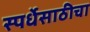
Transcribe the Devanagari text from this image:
स्पर्धेसाठीचा